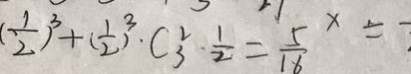
( \frac { 1 } { 2 } ) ^ { 3 } + ( \frac { 1 } { 2 } ) ^ { 3 } \cdot C _ { 3 } ^ { 2 } \cdot \frac { 1 } { 2 } = \frac { 5 } { 1 6 }